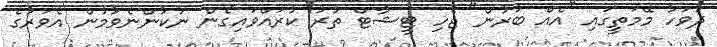
ދުވަހު މޭމަތީގައި "އެއް ބުރުން" ޖެހި ޓީޝާޓް ތުރު ކުރައްވައިގެން ނުކުންނެވުމުން އެވަރުގެ